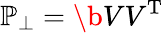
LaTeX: \mathbb{P}_{\perp}=\b{VV}^{\mathrm{T}}